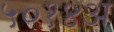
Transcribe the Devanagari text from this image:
५०१४अ